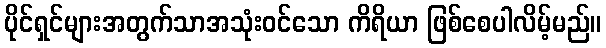
ပိုင်ရှင်များအတွက်သာအသုံးဝင်သော ကိရိယာ ဖြစ်စေပါလိမ့်မည်။